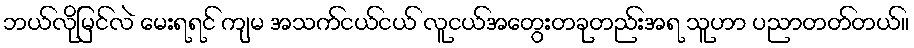
ဘယ်လိုမြင်လဲ မေးရရင် ကျမ အသက်ငယ်ငယ် လူငယ်အတွေးတခုတည်းအရ သူဟာ ပညာတတ်တယ်။